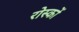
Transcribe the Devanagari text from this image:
रोस्कों